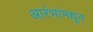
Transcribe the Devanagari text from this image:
आरंभांमधून